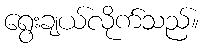
ရွေးချယ်လိုက်သည်။